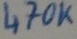
Text: 470K